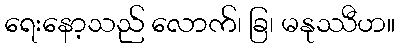
ရေးနော့သည် လောက်၊ ခြ၊ မနုဿီဟ။